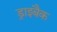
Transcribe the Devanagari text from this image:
ड्राइबैक